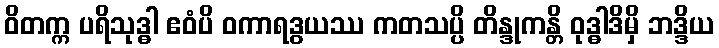
ဝိတက္က ပရိသုဒ္ဓါ ဧဝံပိ ဝကာရဒွယဿ ကတသပ္ပိ တိန္ဒုကန္တိ ဝုဒ္ဓါဒိမှိ ဘဒ္ဒိယ